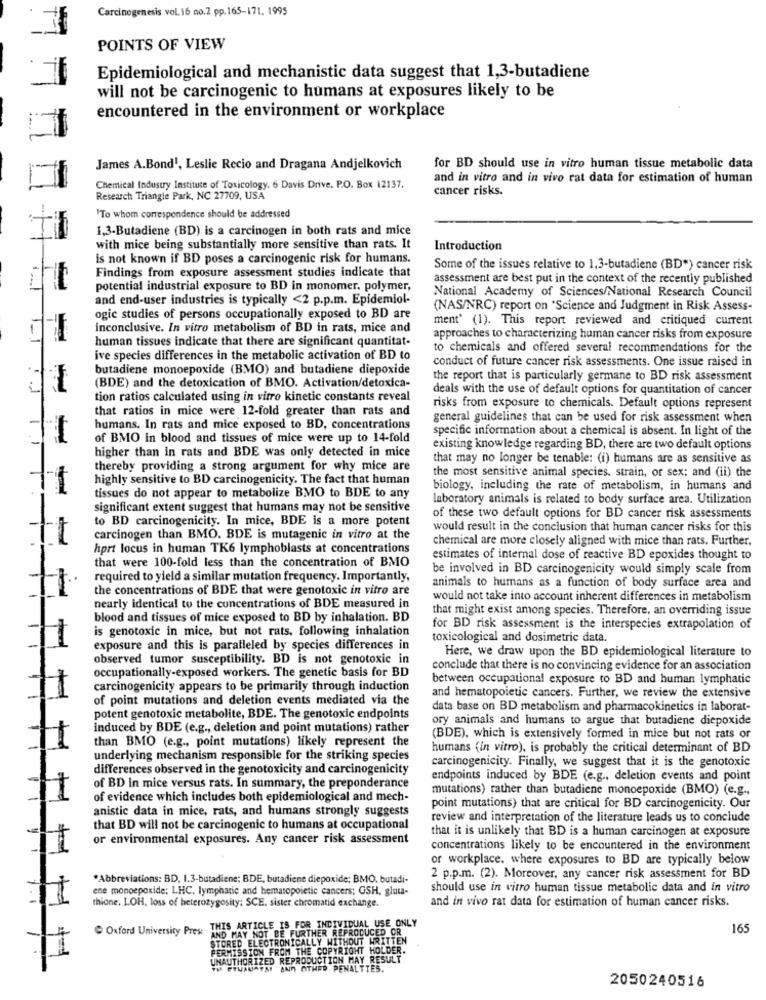
Carcinogenesis vol. 16 no.2 pp. 165-171. 1995
POINTS OF VIEW
Epidemiological and mechanistic data suggest that 1,3-butadiene
will not be carcinogenic to humans at exposures likely to be
encountered in the environment or workplace
James A.Bond1, Leslie Recio and Dragana Andjelkovich
for BD should use in vitro human tissue metabolic data
and in vitro and in vivo rat data for estimation of human
Chemical Industry Institute of Toxicology. 6 Davis Drive. P.O. Box 12137.
cancer risks.
Research Triangle Park, NC 27709, USA
'To whom correspondence should be addressed
1,3-Butadiene (BD) is a carcinogen in both rats and mice
with mice being substantially more sensitive than rats. It
Introduction
is not known if BD poses a carcinogenic risk for humans.
Findings from exposure assessment studies indicate that
Some of the issues relative to 1,3-butadiene (BD") cancer risk
assessment are best put in the context of the recently published
potential industrial exposure to BD in monomer. polymer,
National Academy of Sciences/National Research Council
and end-user industries is typically <2 p.p.m. Epidemiol-
(NAS/NRC) report on "Science and Judgment in Risk Assess-
ogic studies of persons occupationally exposed to BD are
ment' (1). This report reviewed and critiqued current
inconclusive. In vitro metabolism of BD in rats, mice and
human tissues indicate that there are significant quantitat-
approaches to characterizing human cancer risks from exposure
to chemicals and offered several recommendations for the
ive species differences in the metabolic activation of BD to
conduct of future cancer risk assessments. One issue raised in
butadiene monoepoxide (BMO) and butadiene diepoxide
the report that is particularly germane to BD risk assessment
(BDE) and the detoxication of BMO. Activation/detoxica-
deals with the use of default options for quantitation of cancer
tion ratios calculated using in vitro kinetic constants reveal
that ratios in mice were 12-fold greater than rats and
risks from exposure to chemicals. Default options represent
general guidelines that can be used for risk assessment when
humans. In rats and mice exposed to BD, concentrations
specific information about a chemical is absent. In light of the
of BMO in blood and tissues of mice were up to 14-fold
higher than in rats and BDE was only detected in mice
existing knowledge regarding BD, there are two default options
that may no longer be tenable: (i) humans are as sensitive as
thereby providing a strong argument for why mice are
highly sensitive to BD carcinogenicity. The fact that human
the most sensitive animal species. strain, or sex; and (ii) the
biology, including the rate of metabolism, in humans and
tissues do not appear to metabolize BMO to BDE to any
laboratory animals is related to body surface area. Utilization
significant extent suggest that humans may not be sensitive
to BD carcinogenicity. In mice, BDE is a more potent
of these two default options for BD cancer risk assessments
would result in the conclusion that human cancer risks for this
carcinogen than BMO. BDE is mutagenic in vitro at the
chemical are more closely aligned with mice than rats. Further,
= = = -
hprt locus in human TK6 lymphoblasts at concentrations
that were 100-fold less than the concentration of BMO
estimates of internal dose of reactive BD epoxides thought to
be involved in BD carcinogenicity would simply scale from
required to yield a similar mutation frequency. Importantly,
animals to humans as a function of body surface area and
the concentrations of BDE that were genotoxic in vitro are
would not take into account inherent differences in metabolism
nearly identical to the concentrations of BDE measured in
that might exist among species. Therefore, an overriding issue
blood and tissues of mice exposed to BD by inhalation. BD
is genotoxic in mice, but not rats. following inhalation
for BD risk assessment is the interspecies extrapolation of
11
toxicological and dosimetric data.
exposure and this is paralleled by species differences in
Here, we draw upon the BD epidemiological literature to
observed tumor susceptibility. BD is not genotoxic in
occupationally-exposed workers. The genetic basis for BD
conclude that there is no convincing evidence for an association
between occupational exposure to BD and human lymphatic
carcinogenicity appears to be primarily through induction
and hematopoietic cancers. Further, we review the extensive
of point mutations and deletion events mediated via the
data base on BD metabolism and pharmacokinetics in laborat-
potent genotoxic metabolite, BDE. The genotoxic endpoints
ory animals and humans to argue that butadiene diepoxide
induced by BDE (e.g ., deletion and point mutations) rather
(BDE), which is extensively formed in mice but not rats or
than BMO (e.g ., point mutations) likely represent the
humans (in vitro), is probably the critical determinant of BD
underlying mechanism responsible for the striking species
carcinogenicity. Finally, we suggest that it is the genotoxic
differences observed in the genotoxicity and carcinogenicity
endpoints induced by BDE (e.g ., deletion events and point
of BD in mice versus rats. In summary, the preponderance
mutations) rather than butadiene monoepoxide (BMO) (e.g .,
11
of evidence which includes both epidemiological and mech-
anistic data in mice, rats, and humans strongly suggests
point mutations) that are critical for BD carcinogenicity. Our
review and interpretation of the literature leads us to conclude
that BD will not be carcinogenic to humans at occupational
that it is unlikely that BD is a human carcinogen at exposure
or environmental exposures. Any cancer risk assessment
11
concentrations likely to be encountered in the environment
or workplace. where exposures to BD are typically below
*Abbreviations: BD, 1.3-butadiene; BDE, butadiene diepoxide; BMO, butadi-
2 p.p.m. (2). Moreover, any cancer risk assessment for BD
ene monoepoxide; LHC. lymphatic and hematopoietic cancers; GSH, gluta-
should use in vitro human tissue metabolic data and in vitro
11
thione. LOH, loss of heterozygosity; SCE, sister chromatid exchange.
and in vivo rat data for estimation of human cancer risks.
THIS ARTICLE IS FOR INDIVIDUAL USE ONLY
Oxford University Press
165
AND MAY NOT BE FURTHER REPRODUCED OR
STORED ELECTRONICAL
EČTRONICALLY WITHOUT WRITTEN
PERMISSION FROM THE COPYRIGHT HOLDER.
1
UNAUTHORIZED REPRODUCTION MAY RESULT
VI PTUAUATAI AND ATHED PENALTIES.
2050240516